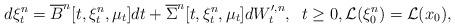
LaTeX: \begin{align*}d\xi^n_t = \overline B^{n}[t,\xi^n_t, \mu_t]dt + \overline \Sigma^{n} [t,\xi^n_t, \mu_t]dW^{\prime,n}_t, \;\; t\ge 0, {\cal L}(\xi^n_0)={\cal L}(x_0),\end{align*}